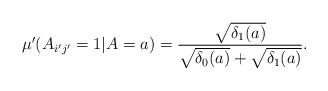
LaTeX: \begin{align*}\mu'(A_{i'j'}=1|A=a)=\frac{\sqrt{\delta_{1}(a)}}{\sqrt{\delta_{0}(a)}+\sqrt{\delta_{1}(a)}}.\end{align*}